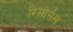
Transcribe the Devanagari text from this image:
रिसोर्सस